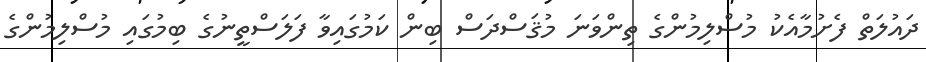
ދައުލަތް ފެށުމާއެކު މުސްލިމުންގެ ތިންވަނަ މުޤަސްދަސް ބިން ކަމުގައިވާ ފަލަސްތީނުގެ ބިމުގައި މުސްލިމުންގެ